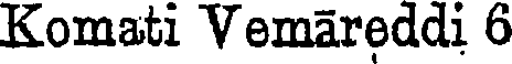
Komati Vemareddi 6